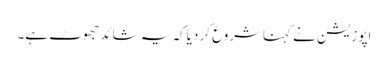
اپوزیشن نے کہناشروع کر دیاکہ یہ شائدجھوٹ ہے۔